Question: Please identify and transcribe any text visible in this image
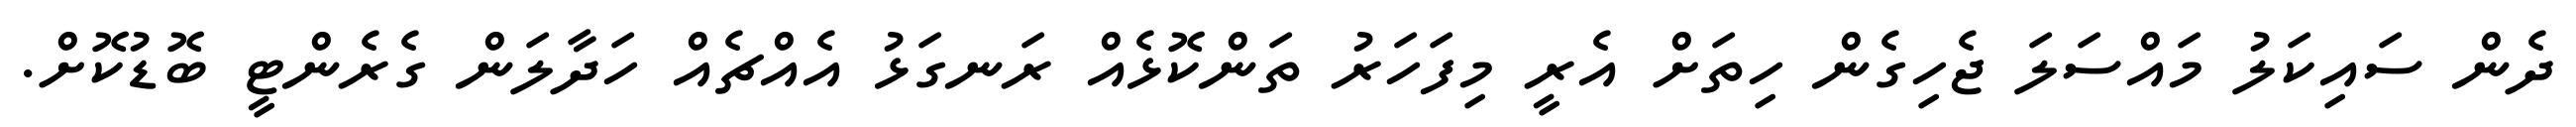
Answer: ދެން ސައިކަލު މައްސަލަ ޖެހިގެން ހިތަށް އެރީ މިފަހަރު ތަންކޮޅެއް ރަނގަޅު އެއްޗެއް ހަދާލަން ގެރެންޓީ ބޮޑުކޮށް.